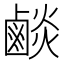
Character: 𪉧